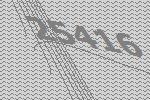
25416